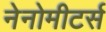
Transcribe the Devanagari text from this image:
नेनोमीटर्स